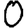
Digit: 0